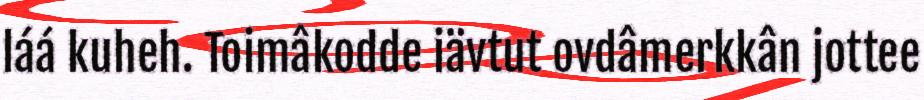
láá kuheh. Toimâkodde iävtut ovdâmerkkân jottee